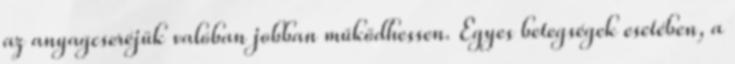
az anyagcseréjük valóban jobban működhessen. Egyes betegségek esetében, a